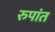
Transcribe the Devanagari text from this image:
रुपांत